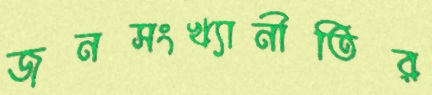
জনসংখ্যানীতির